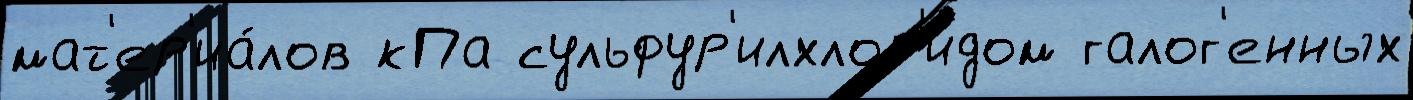
мат'ер'иа́лов кПа сульфур'илхлор'идом галог'енных